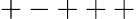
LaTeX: +-+++